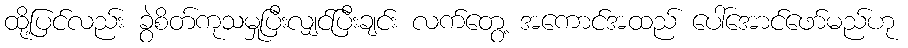
ထို့ပြင်လည်း ခွဲစိတ်ကုသမှုပြီးလျှင်ပြီးချင်း လက်တွေ့ အကောင်အထည် ပေါ်အောင်ဖော်မည်ဟု